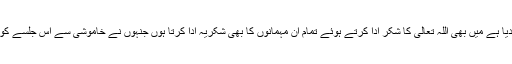
اس شکر گزاری کے جذبے کے تحت جس کے اظہار کا ہمیں اللہ اور رسول صلی اللہ علیہ وسلم نے حکم دیا ہے میں بھی اللہ تعالیٰ کا شکر ادا کرتے ہوئے تمام ان مہمانوں کا بھی شکریہ ادا کرتا ہوں جنہوں نے خاموشی سے اس جلسے کو سنا اور اس کی برکات سے فیض پایا اور اب اس کوشش میں ہیں کہ اس کو اپنی زندگیوں کا حصہ بنائیں۔